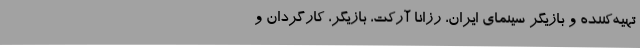
تهیه‌کننده و بازیگر سینمای ایران، رُزانا آرکِت، بازیگر، کارگردان و